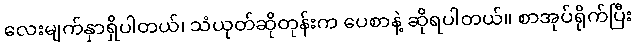
လေးမျက်နှာရှိပါတယ်၊ သံယုတ်ဆိုတုန်းက ပေစာနဲ့ ဆိုရပါတယ်။ စာအုပ်ရိုက်ပြီး